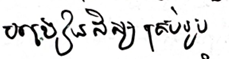
បង្រៀនសិស្សគ្រប់រូប